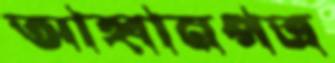
আহ্বানপত্র